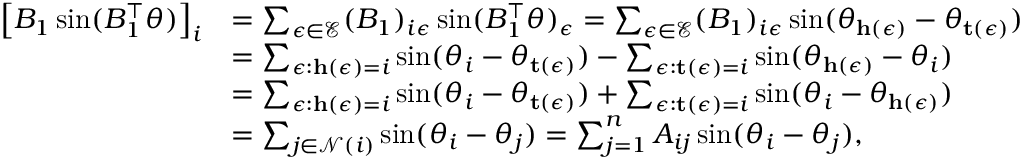
\begin{array} { r l } { \left[ B _ { 1 } \sin ( B _ { 1 } ^ { \top } \theta ) \right] _ { i } } & { = \sum _ { \epsilon \in \mathcal { E } } ( B _ { 1 } ) _ { i \epsilon } \sin ( B _ { 1 } ^ { \top } \theta ) _ { \epsilon } = \sum _ { \epsilon \in \mathcal { E } } ( B _ { 1 } ) _ { i \epsilon } \sin ( \theta _ { \mathbf { h } ( \epsilon ) } - \theta _ { \mathbf { t } ( \epsilon ) } ) } \\ & { = \sum _ { \epsilon : \mathbf { h } ( \epsilon ) = i } \sin ( \theta _ { i } - \theta _ { \mathbf { t } ( \epsilon ) } ) - \sum _ { \epsilon : \mathbf { t } ( \epsilon ) = i } \sin ( \theta _ { \mathbf { h } ( \epsilon ) } - \theta _ { i } ) } \\ & { = \sum _ { \epsilon : \mathbf { h } ( \epsilon ) = i } \sin ( \theta _ { i } - \theta _ { \mathbf { t } ( \epsilon ) } ) + \sum _ { \epsilon : \mathbf { t } ( \epsilon ) = i } \sin ( \theta _ { i } - \theta _ { \mathbf { h } ( \epsilon ) } ) } \\ & { = \sum _ { j \in \mathcal { N } ( i ) } \sin ( \theta _ { i } - \theta _ { j } ) = \sum _ { j = 1 } ^ { n } A _ { i j } \sin ( \theta _ { i } - \theta _ { j } ) , } \end{array}